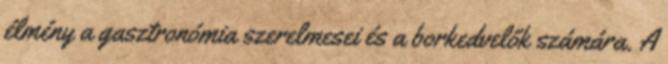
élmény a gasztronómia szerelmesei és a borkedvelők számára. A